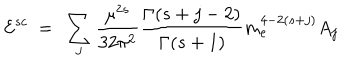
LaTeX: { \cal E } ^ { s c } \ = \ \sum _ { j } \frac { \mu ^ { 2 s } } { 3 2 \pi ^ { 2 } } \frac { \Gamma ( s + j - 2 ) } { \Gamma ( s + 1 ) } m _ { e } ^ { 4 - 2 ( s + j ) } A _ { j }